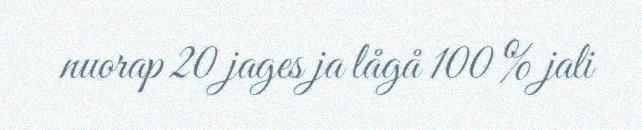
nuorap 20 jages ja lågå 100 % jali